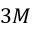
3 M